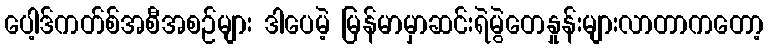
ပေါ့ဒ်ကတ်စ်အစီအစဉ်များ ဒါပေမဲ့ မြန်မာမှာဆင်းရဲမွဲတေနှုန်းများလာတာကတော့